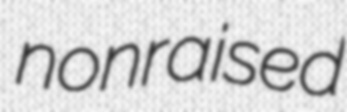
nonraised